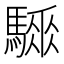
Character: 𩥗